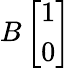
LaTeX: B\left[\begin{array}{l}{1}\\ {0}\end{array}\right]